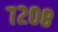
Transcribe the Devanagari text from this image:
७२०८